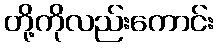
တို့ကိုလည်းကောင်း